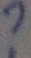
Text: ?